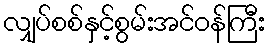
လျှပ်စစ်နှင့်စွမ်းအင်ဝန်ကြီး